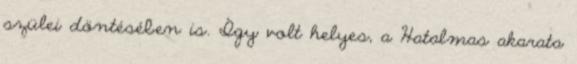
szülei döntésében is. Így volt helyes, a Hatalmas akarata